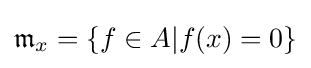
{\mathfrak {m}}_{x}=\{f\in A|f(x)=0\}